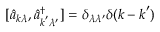
[ \hat { a } _ { \boldsymbol { k } \lambda } , \hat { a } _ { \boldsymbol { k } ^ { \prime } \lambda ^ { \prime } } ^ { \dagger } ] = \delta _ { \lambda \lambda ^ { \prime } } \delta ( \boldsymbol { k } - \boldsymbol { k } ^ { \prime } )